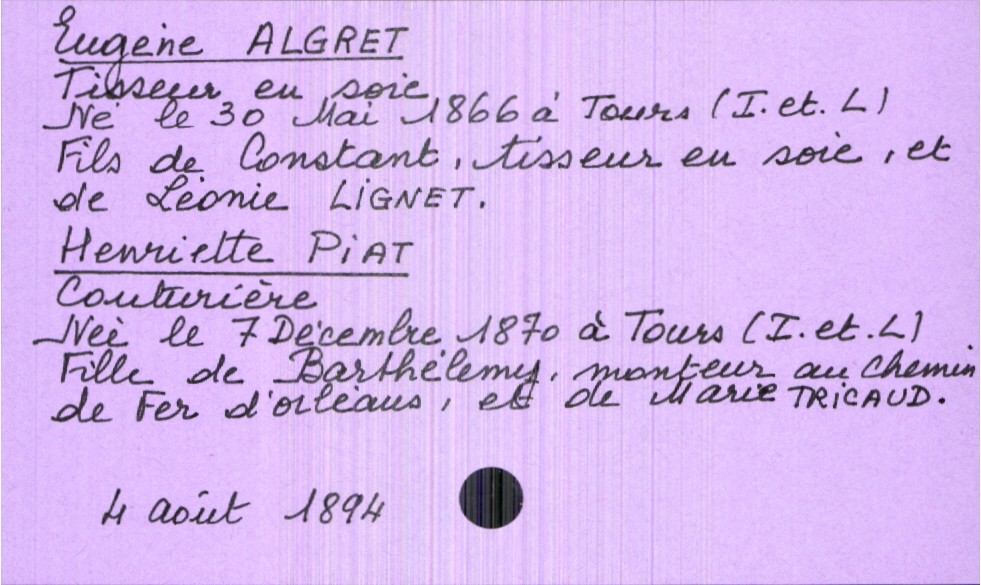
type_acte: Mariage
année: 1894
mois: août
jour: 4
marié_nom: Algret
marié_prénom: Eugène
marié_profession: tisseur en soie
marié_date_de_naissance: 30 mai 1866
marié_lieu_de_naissance: Tous (Indre-et-Loire)
père_marié_nom: Algret
père_marié_prénom: Constant
père_marié_profession: tisseur en soie
mère_marié_nom: Lignet
mère_marié_prénom: Léonie
mariée_nom: Piat
mariée_prénom: Henriette
mariée_profession: couturière
mariée_date_de_naissance: 7 décembre 1870
père_mariée_nom: Piat
père_mariée_prénom: Barthélémy
père_mariée_profession: monteur au chemin de fer d'Orléans
mère_mariée_nom: Tricaud
mère_mariée_prénom: Marie